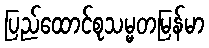
ပြည်ထောင်စုသမ္မတမြန်မာ